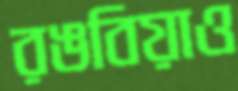
রঙবিয়াও